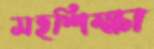
সহশিক্ষা